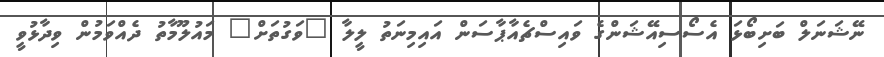
ނޭޝަނަލް ބަށިބޯޅަ އެސޯސިއޭޝަންގެ ވައިސްޗެއާޕާސަން އައިމިނަތު ލީލާ "ވަގުތަށް" މައުލޫމާތު ދެއްވަމުން ވިދާޅުވީ